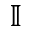
\mathbb { I }